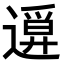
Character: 𨖦